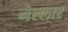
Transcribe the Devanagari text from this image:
नेल्‍लार